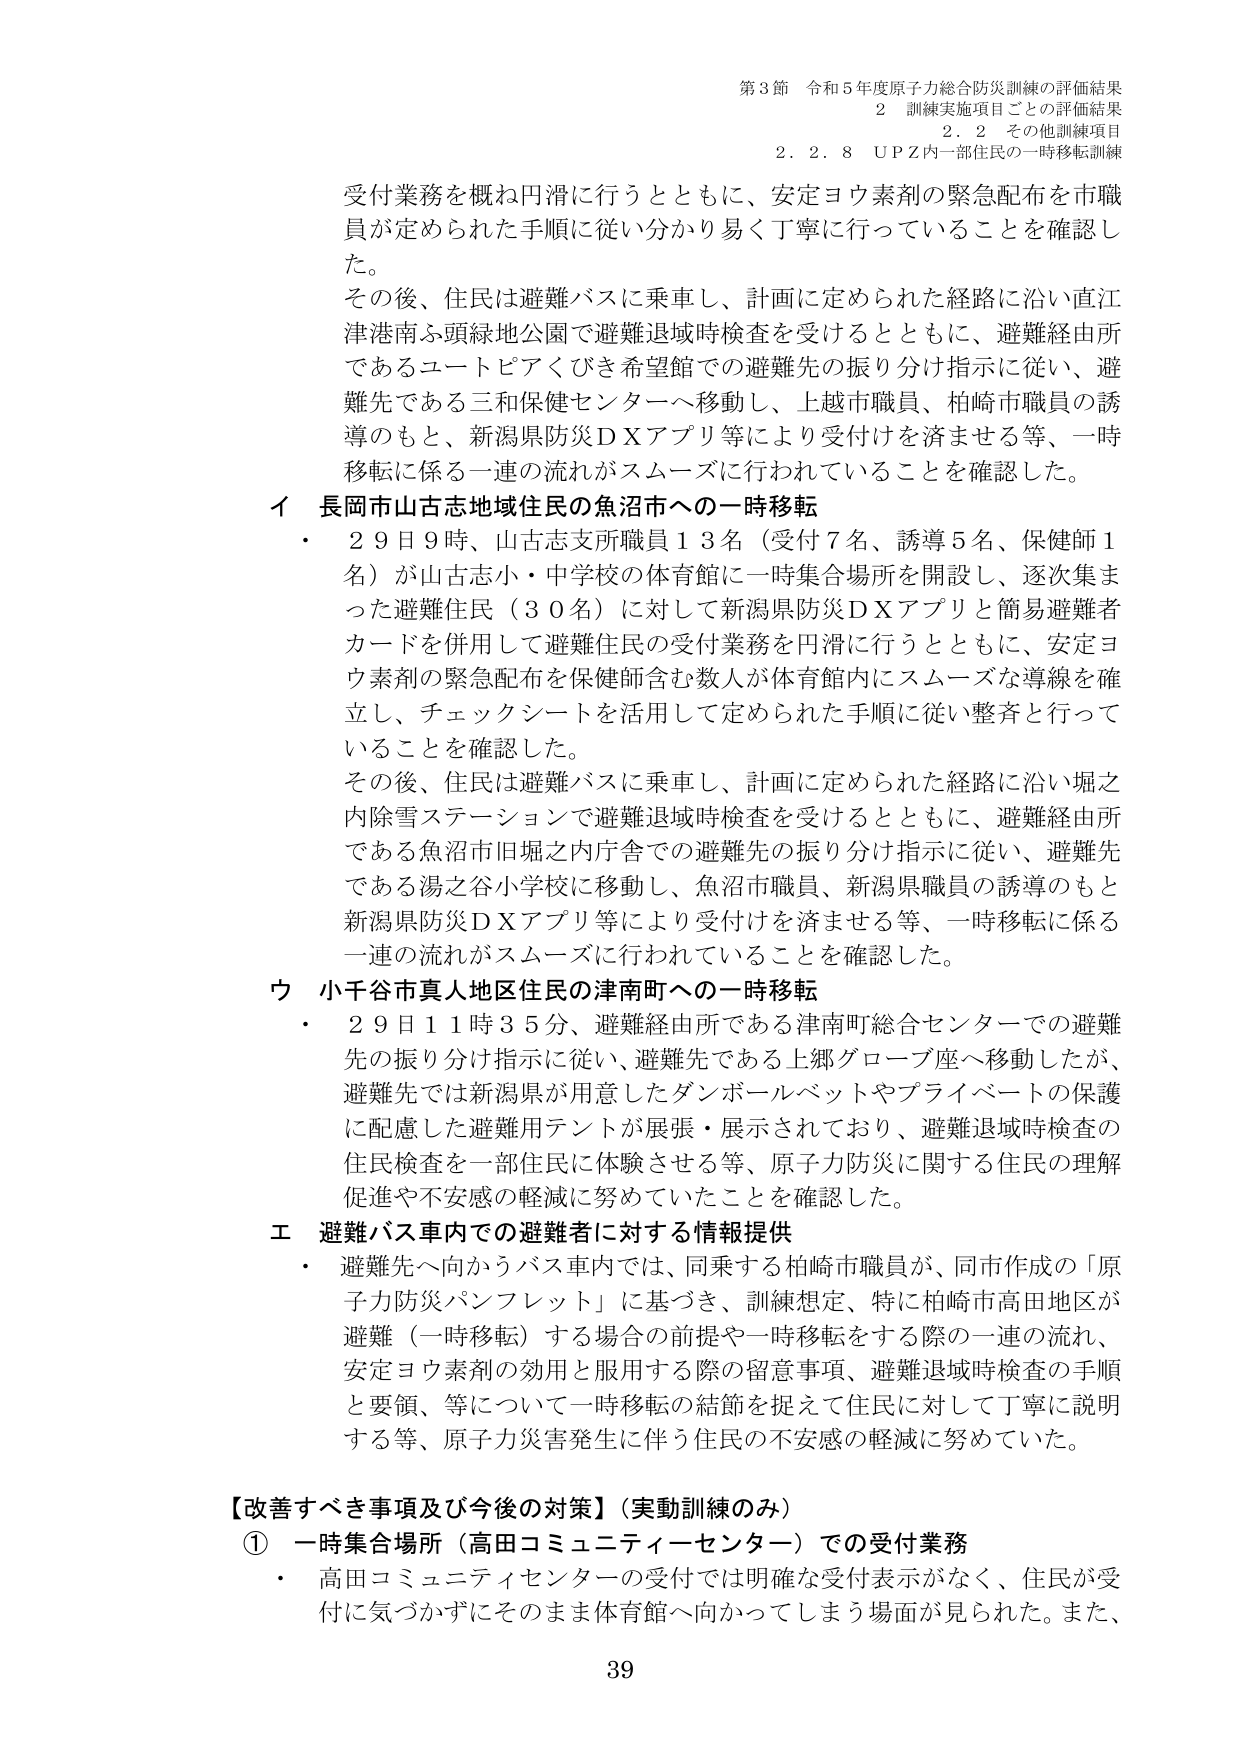
第3節 令和5年度原子力総合防災訓練の評価結果
2 訓練実施項目ごとの評価結果
2.2 その他訓練項目
2.2.8 UPZ内一部住民の一時移転訓練

受付業務を概ね円滑に行うとともに、安定ヨウ素剤の緊急配布を市職員が定められた手順に従い分かり易く丁寧に行っていることを確認した。
その後、住民は避難バスに乗車し、計画に定められた経路に沿い直江津港南ふ頭緑地公園で避難退域時検査を受けるとともに、避難経由所であるユートピアくびき希望館での避難先の振り分け指示に従い、避難先である三和保健センターへ移動し、上越市職員、柏崎市職員の誘導のもと、新潟県防災DXアプリ等により受付けを済ませる等、一時移転に係る一連の流れがスムーズに行われていることを確認した。

イ 長岡市山古志地域住民の魚沼市への一時移転
・ 29日9時、山古志支所職員13名（受付7名、誘導5名、保健師1名）が山古志小・中学校の体育館に一時集合場所を開設し、逐次集まった避難住民（30名）に対して新潟県防災DXアプリと簡易避難者カードを併用して避難住民の受付業務を円滑に行うとともに、安定ヨウ素剤の緊急配布を保健師含む数人が体育館内にスムーズな導線を確立し、チェックシートを活用して定められた手順に従い整斉を行っていることを確認した。
その後、住民は避難バスに乗車し、計画に定められた経路に沿い堀之内除雪ステーションで避難退域時検査を受けるとともに、避難経由所である魚沼市旧堀之内庁舎での避難先の振り分け指示に従い、避難先である湯之谷小学校に移動し、魚沼市職員、新潟県職員の誘導のもと新潟県防災DXアプリ等により受付けを済ませる等、一時移転に係る一連の流れがスムーズに行われていることを確認した。

ウ 小千谷市真人地区住民の津南町への一時移転
・ 29日11時35分、避難経由所である津南町総合センターでの避難先の振り分け指示に従い、避難先である上郷グローブ座へ移動したが、避難先では新潟県が用意したダンボールベットやプライベートの保護に配慮した避難用テントが展張・展示されており、避難退域時検査の住民検査を一部住民に体験させる等、原子力防災に関する住民の理解促進や不安感の軽減に努めていたことを確認した。

エ 避難バス車内での避難者に対する情報提供
・ 避難先へ向かうバス車内では、同乗する柏崎市職員が、同市作成の「原子力防災パンフレット」に基づき、訓練想定、特に柏崎市高田地区が避難（一時移転）する場合の前提や一時移転をする際の一連の流れ、安定ヨウ素剤の効用と服用する際の留意事項、避難退域時検査の手順と要領、等について一時移転の結節を捉えて住民に対して丁寧に説明する等、原子力災害発生に伴う住民の不安感の軽減に努めていた。

【改善すべき事項及び今後の対策】（実動訓練のみ）
① 一時集合場所（高田コミュニティーセンター）での受付業務
・ 高田コミュニティセンターの受付では明確な受付表示がなく、住民が受付に気づかずにそのまま体育館へ向かってしまう場面が見られた。また、

39